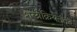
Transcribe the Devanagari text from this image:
शस्त्रेक्रियेनंतर